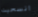
انسحبت